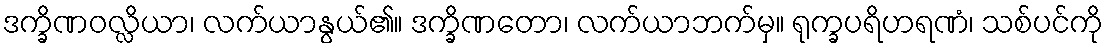
ဒက္ခိဏဝလ္လိယာ၊ လက်ယာနွယ်၏။ ဒက္ခိဏတော၊ လက်ယာဘက်မှ။ ရုက္ခပရိဟရဏံ၊ သစ်ပင်ကို